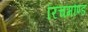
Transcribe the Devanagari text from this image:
रिचमौण्ड